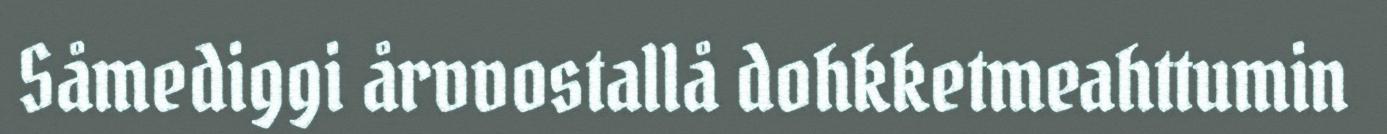
Såmediggi årvvostallå dohkketmeahttumin